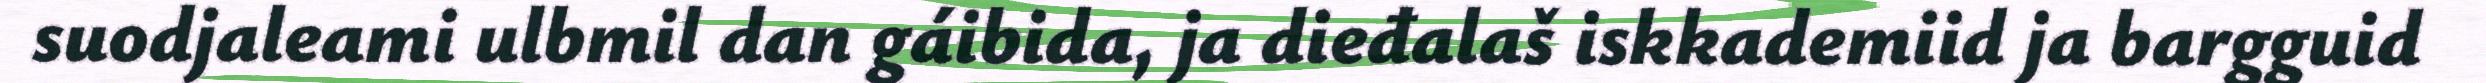
suodjaleami ulbmil dan gáibida, ja dieđalaš iskkademiid ja bargguid